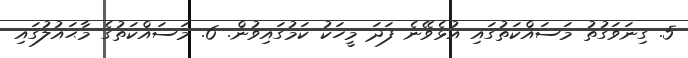
5. ގިނަވަގުތު މަސައްކަތުގައި އުޅެވޭނެ ފަދަ މީހަކު ކަމުގައިވުން. 6. މަސައްކަތުގެ މާޙައުލުގައި